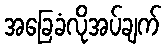
အခြေခံလိုအပ်ချက်